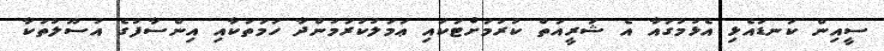
ސީއިން ކަނޑައެޅި އެޅުމުގައާ އެ ޝަރީއަތް ކުރުމަށްޓަކައި ޢަމަލުކުރަމުންދާ ހަމަތަކާއި އިންސާފުގެ އުސޫލުތަކާ